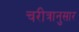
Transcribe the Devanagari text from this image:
चरीत्रानुसार